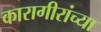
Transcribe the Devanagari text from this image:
कारागीरांच्या